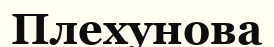
Плехунова